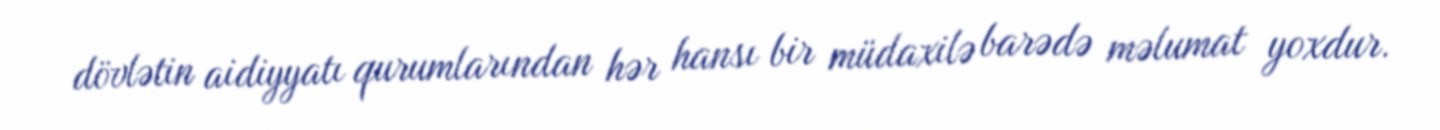
dövlətin aidiyyatı qurumlarından hər hansı bir müdaxilə barədə məlumat yoxdur.